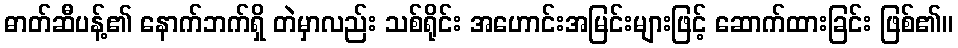
ဓာတ်ဆီပန့်၏ နောက်ဘက်ရှိ တဲမှာလည်း သစ်ရိုင်း အဟောင်းအမြင်းများဖြင့် ဆောက်ထားခြင်း ဖြစ်၏။